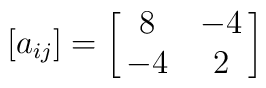
[a_{ij}]=\left[\matrix{ 8 & -4 \cr -4 & 2 }\right]